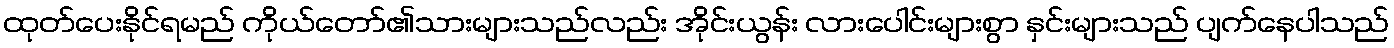
ထုတ်ပေးနိုင်ရမည် ကိုယ်တော်၏သားများသည်လည်း အိုင်းယွန်း လားပေါင်းများစွာ နှင်းများသည် ပျက်နေပါသည်